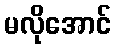
မလိုအောင်